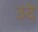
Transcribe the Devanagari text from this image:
उदे